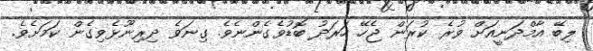
ލިބޭ އާމްދަނީއަށް ވުރެ ކުރަން ޖެހޭ ހަރަދު ބޮޑުވެގެންނެވެ. ގިނަވެ ދިރިނޫޅެވިގެން ކަމަށެވެ.